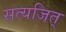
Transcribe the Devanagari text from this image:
सत्यजित्